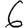
Digit: 6